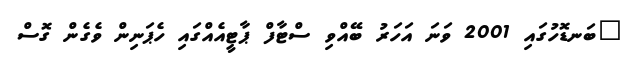
"ބަނޑޮހުގައި 2001 ވަނަ އަހަރު ބޭއްވި ސްޓާފް ޕާޓީއެއްގައި ހެޕަނިން ވެގެެން ގޮސް